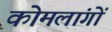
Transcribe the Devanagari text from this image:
कोमलांगों